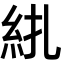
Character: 𥾱